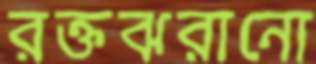
রক্তঝরানো